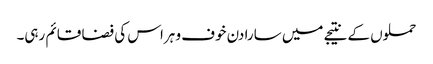
حملوں کے نتیجے میں سارا دن خوف و ہراس کی فضا قائم رہی۔